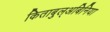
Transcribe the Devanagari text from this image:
किताबुल्अबिनिया